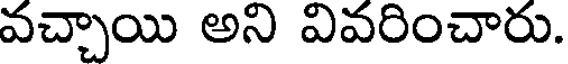
వచ్చాయి అని వివరించారు.